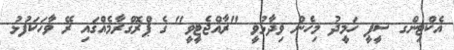
އެކްޓިންގ ސީޕީ ހަމީދު މިހެން ވިދާޅުވީ "ރާއްޖެޓީވީ" ގެ ޕްރޮގްރާމެއްގައި ރޭ ވާހަކަފުޅު